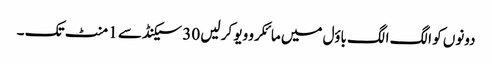
دونوں کو الگ الگ باؤل میں مائکرو ویو کر لیں 30 سیکنڈ سے 1 منٹ تک ۔